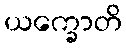
ယက္ခောတိ